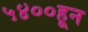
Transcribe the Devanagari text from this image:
५४००हून